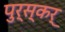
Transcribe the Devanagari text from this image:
पुर्स्कर्